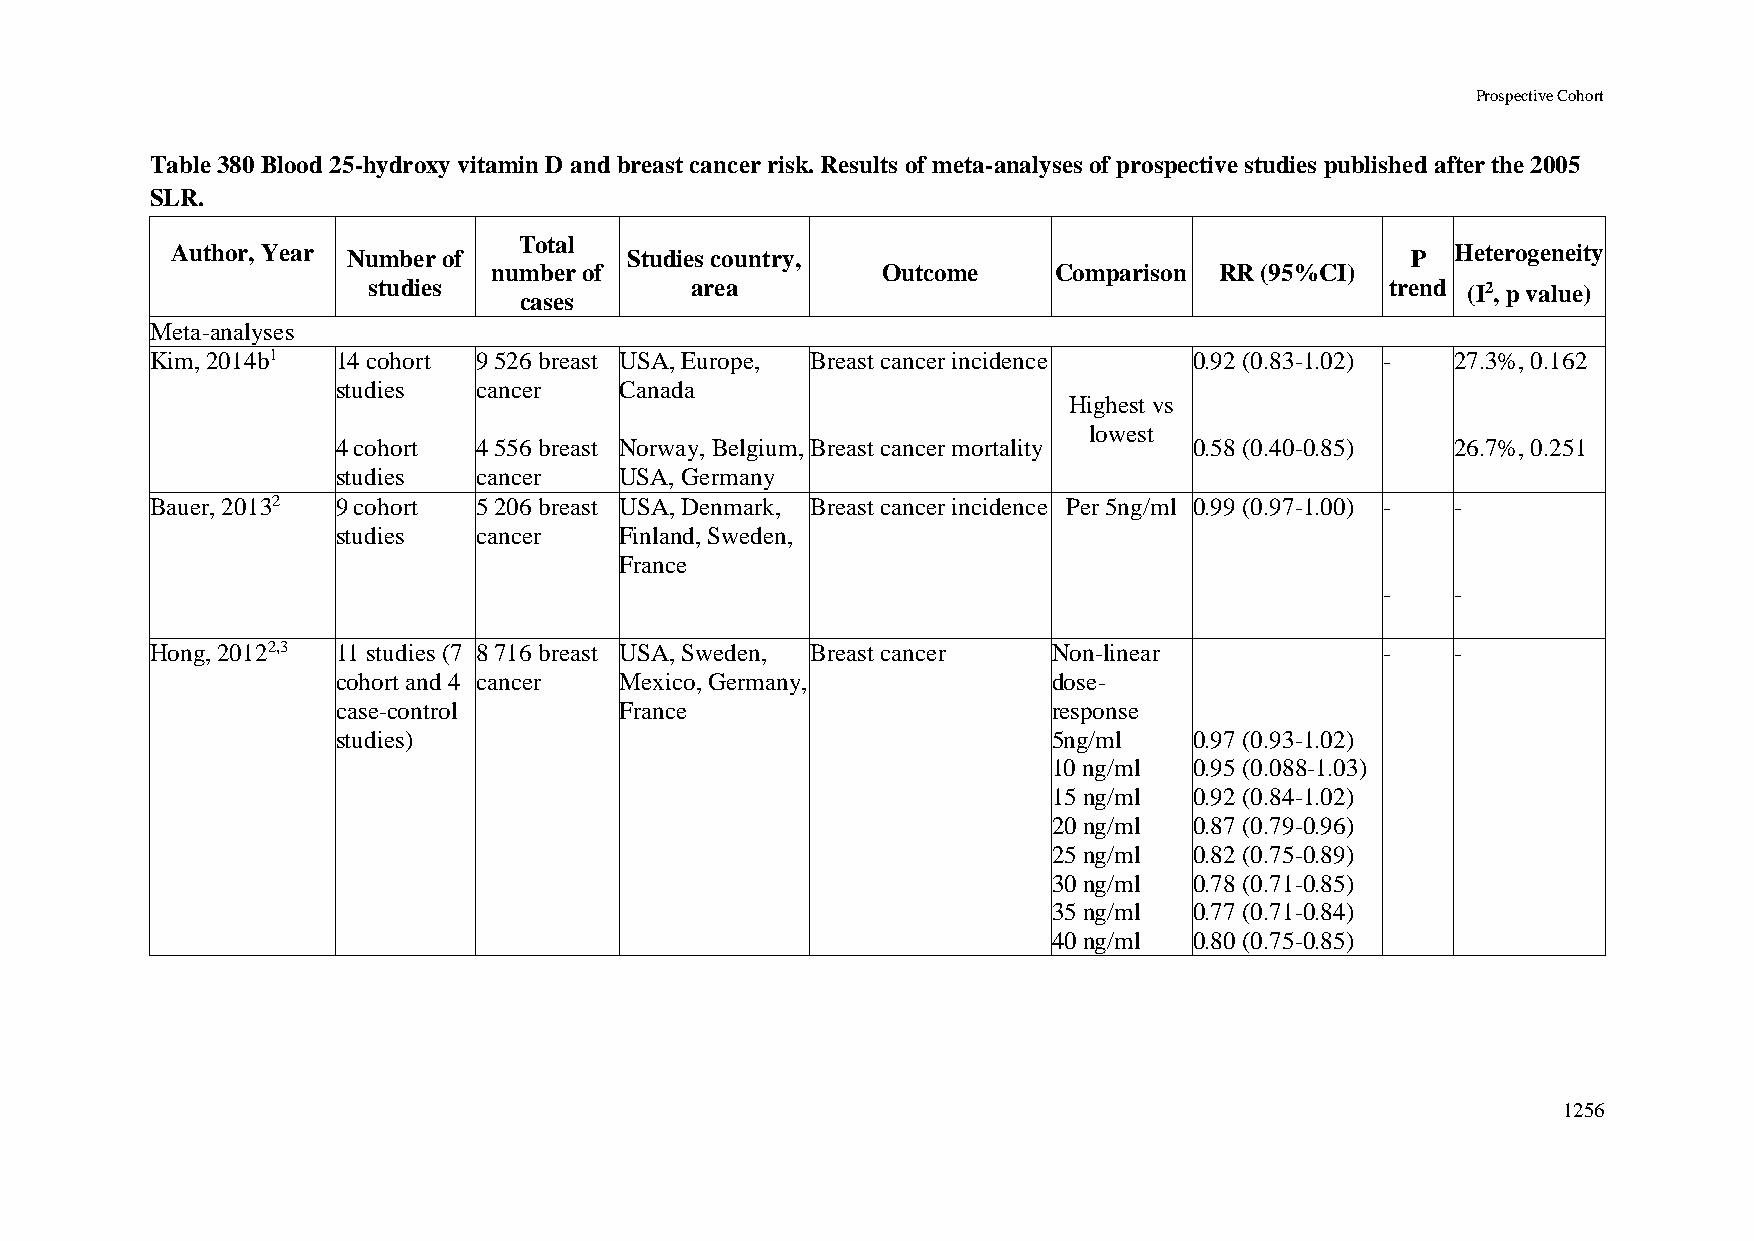
Prospective Cohort
 Table 380 Blood 25-hydroxy vitamin D and breast cancer risk. Results of meta-analyses of prospective studies published after the 2005
 SLR.
 Total
 Author, Year Number of         Studies country,                                   P  Heterogeneity
 number of                Outcome     Comparison RR (95%CI)
 studies               area                                          trend (I2, p value)
 cases
 Meta-analyses
 Kim, 2014b1 14 cohort 9 526 breast USA, Europe, Breast cancer incidence 0.92 (0.83-1.02) - 27.3%, 0.162
 studies   cancer   Canada
 Highest vs
 lowest
 4 cohort  4 556 breast Norway, Belgium, Breast cancer mortality 0.58 (0.40-0.85) 26.7%, 0.251
 studies   cancer   USA, Germany
 Bauer, 20132 9 cohort 5 206 breast USA, Denmark, Breast cancer incidence Per 5ng/ml 0.99 (0.97-1.00) - -
 studies   cancer   Finland, Sweden,
 France
 -   -
 Hong, 20122,3 11 studies (7 8 716 breast USA, Sweden, Breast cancer Non-linear    -   -
 cohort and 4 cancer Mexico, Germany,            dose-
 case-control       France                       response
 studies)                                        5ng/ml   0.97 (0.93-1.02)
 10 ng/ml 0.95 (0.088-1.03)
 15 ng/ml 0.92 (0.84-1.02)
 20 ng/ml 0.87 (0.79-0.96)
 25 ng/ml 0.82 (0.75-0.89)
 30 ng/ml 0.78 (0.71-0.85)
 35 ng/ml 0.77 (0.71-0.84)
 40 ng/ml 0.80 (0.75-0.85)
 1256